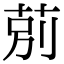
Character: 莂